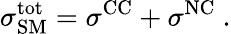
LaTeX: \sigma_{\mathrm{SM}}^{\mathrm{tot}}=\sigma^{\mathrm{CC}}+\sigma^{\mathrm{NC}}\ .